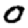
Digit: 0